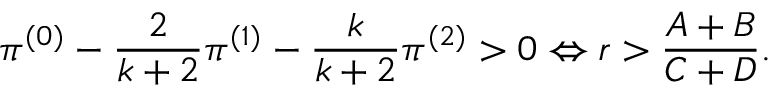
\pi ^ { ( 0 ) } - \frac { 2 } { k + 2 } \pi ^ { ( 1 ) } - \frac { k } { k + 2 } \pi ^ { ( 2 ) } > 0 \Leftrightarrow r > \frac { A + B } { C + D } .